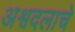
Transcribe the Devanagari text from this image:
अश्वदलाचे